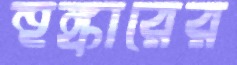
হুঙ্কারের